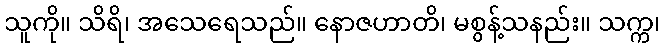
သူကို။ သိရိ၊ အသေရေသည်။ နောဇဟာတိ၊ မစွန့်သနည်း။ သက္က၊